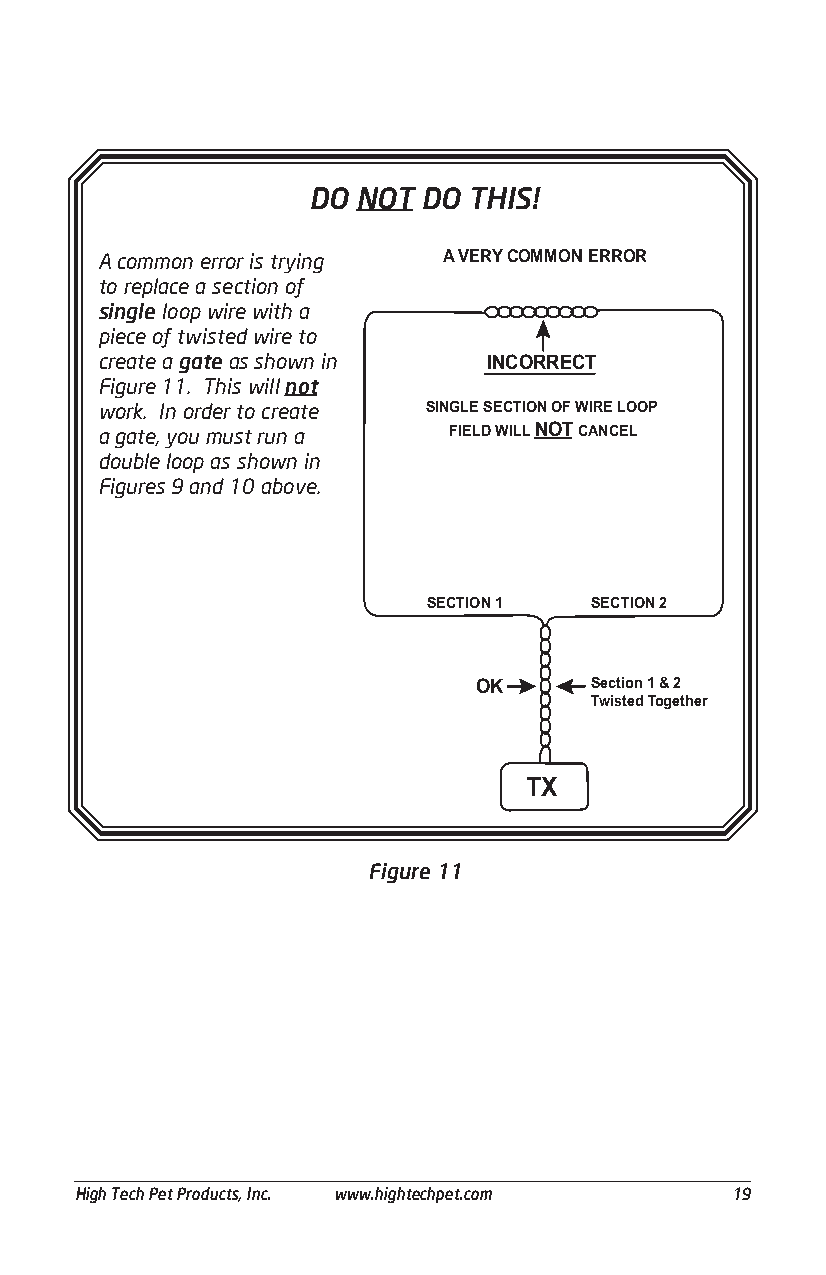
DO  NOT DO THIS!
 A common error is trying A VERY COMMON ERROR
 to replace a section of
 single loop wire with a
 piece of twisted wire to
 create a gate as shown in INCORRECT
 Figure 11. This will not
 work. In order to create SINGLE SECTION OF WIRE LOOP
 a gate, you must run a  FIELD WILL NOT CANCEL
 double loop as shown in
 Figures 9 and 10 above.
 SECTION 1  SECTION 2
 OK      Section 1 & 2
 Twisted Together
 TX
 Figure 11
 ___________________________________________________________________________________________
 High Tech Pet Products, Inc. www.hightechpet.com 19